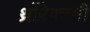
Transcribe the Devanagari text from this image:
थ्रोंबेक्टमी